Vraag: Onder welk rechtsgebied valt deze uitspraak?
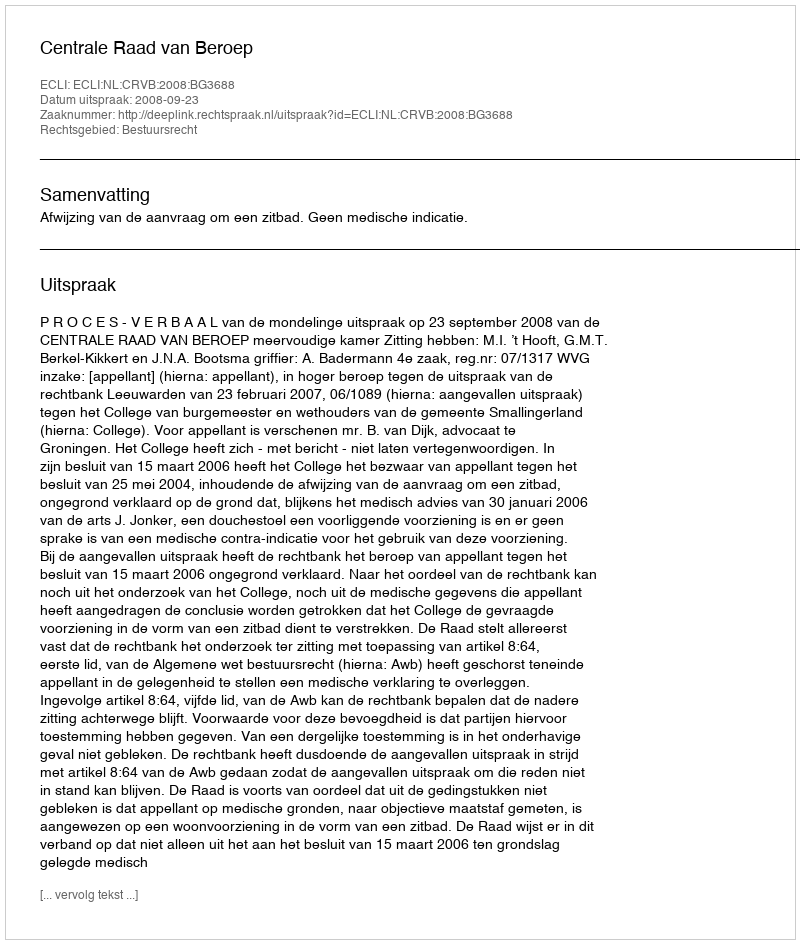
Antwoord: Bestuursrecht